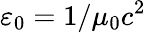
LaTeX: \varepsilon_{0}=1/\mu_{0}c^{2}